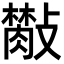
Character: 𣀙